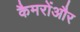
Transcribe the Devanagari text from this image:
कैमरोंऔर